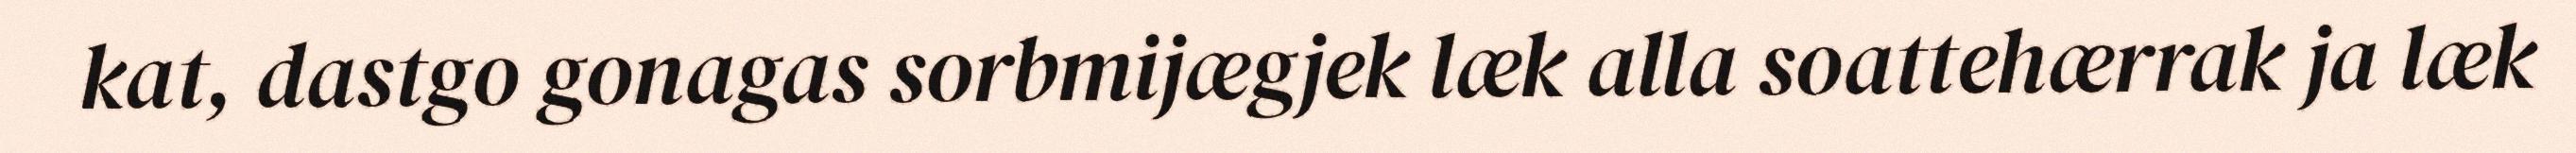
kat, dastgo gonagas sorbmijægjek læk alla soattehærrak ja læk